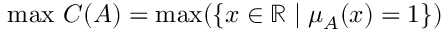
\operatorname* { m a x } \, C ( A ) = \operatorname* { m a x } ( \{ x \in \mathbb { R } \mid \mu _ { A } ( x ) = 1 \} )